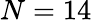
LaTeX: N=14